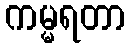
ကမ္မရတာ